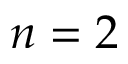
n = 2